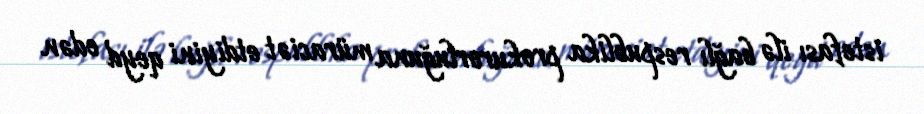
istefası ilə bağlı respublika prokurorluğuna müraciət etdiyini qeyd edən